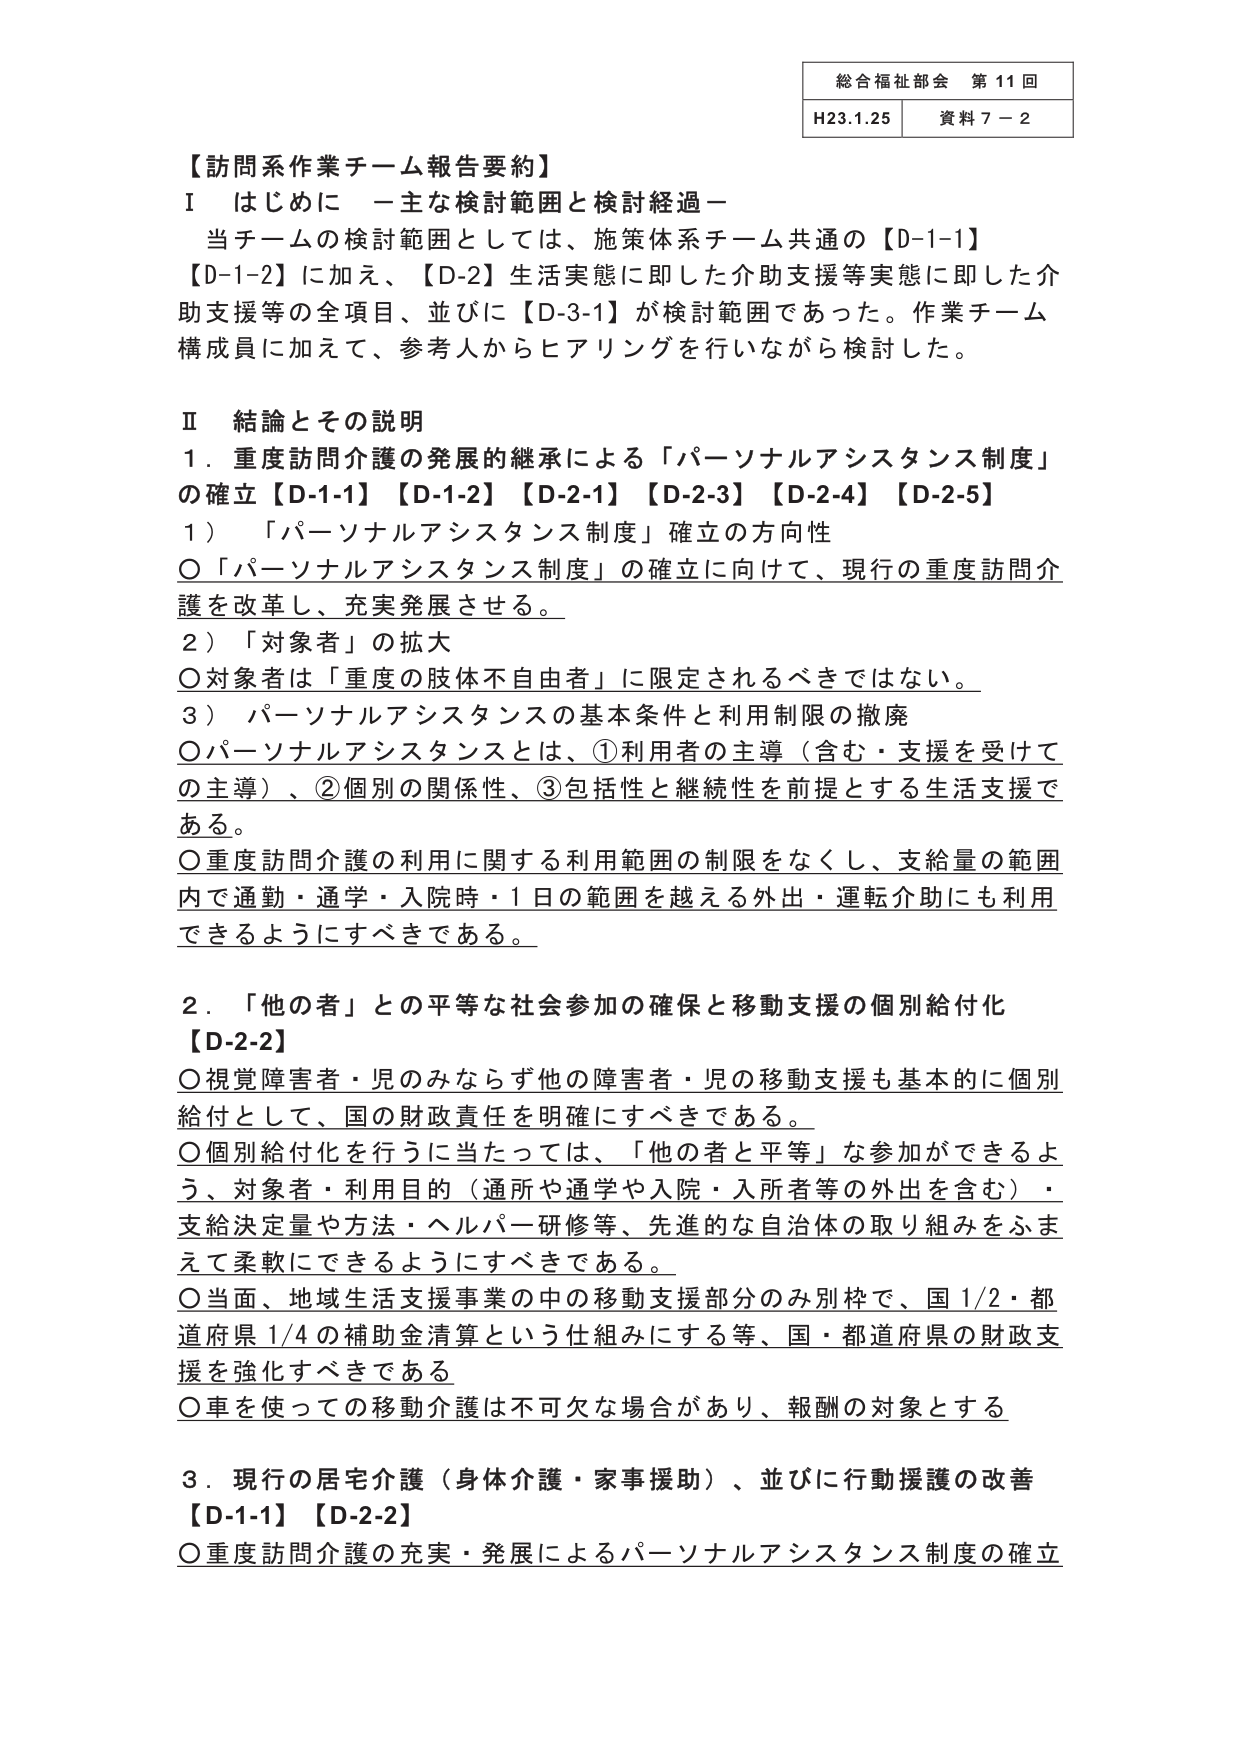
総合福祉部会 第11回
H23.1.25 資料7－2

【訪問系作業チーム報告要約】
Ⅰ はじめに －主な検討範囲と検討経過－
当チームの検討範囲としては、施策体系チーム共通の【D-1-1】
【D-1-2】に加え、【D-2】生活実態に即した介助支援等実態に即した介
助支援等の全項目、並びに【D-3-1】が検討範囲であった。作業チーム
構成員に加えて、参考人からヒアリングを行いながら検討した。

Ⅱ 結論とその説明
1．重度訪問介護の発展的継承による「パーソナルアシスタンス制度」
の確立【D-1-1】【D-1-2】【D-2-1】【D-2-3】【D-2-4】【D-2-5】
1）「パーソナルアシスタンス制度」確立の方向性
○「パーソナルアシスタンス制度」の確立に向けて、現行の重度訪問介
護を改革し、充実発展させる。
2）「対象者」の拡大
○対象者は「重度の肢体不自由者」に限定されるべきではない。
3）パーソナルアシスタンスの基本条件と利用制限の撤廃
○パーソナルアシスタンスとは、①利用者の主導（含む・支援を受けて
の主導）、②個別の関係性、③包括性と継続性を前提とする生活支援で
ある。
○重度訪問介護の利用に関する利用範囲の制限をなくし、支給量の範囲
内で通勤・通学・入院時・1日の範囲を越える外出・運転介助にも利用
できるようにすべきである。

2．「他の者」との平等な社会参加の確保と移動支援の個別給付化
【D-2-2】
○視覚障害者・児のみならず他の障害者・児の移動支援も基本的に個別
給付として、国の財政責任を明確にすべきである。
○個別給付化を行うに当たっては、「他の者と平等」な参加ができるよ
う、対象者・利用目的（通所や通学や入院・入所者等の外出を含む）・
支給決定量や方法・ヘルパー研修等、先進的な自治体の取り組みをふま
えて柔軟にできるようにすべきである。
○当面、地域生活支援事業の中の移動支援部分のみ別枠で、国1/2・都
道府県1/4の補助金清算という仕組みにする等、国・都道府県の財政支
援を強化すべきである
○車を使っての移動介護は不可欠な場合があり、報酬の対象とする

3．現行の居宅介護（身体介護・家事援助）、並びに行動援護の改善
【D-1-1】【D-2-2】
○重度訪問介護の充実・発展によるパーソナルアシスタンス制度の確立